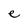
Character: e